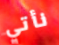
نأتي